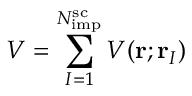
V = \sum _ { I = 1 } ^ { N _ { \mathrm { i m p } } ^ { \mathrm { s c } } } V ( \mathbf r ; \mathbf r _ { I } )